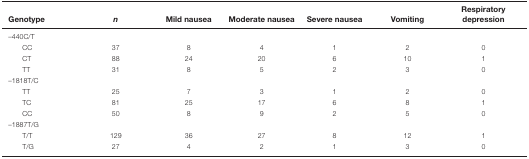
<table><thead><tr><td><b>Genotype</b></td><td><b><i>n</i></b></td><td><b>Mild nausea</b></td><td><b>Moderate nausea</b></td><td><b>Severe nausea</b></td><td><b>Vomiting</b></td><td><b>Respiratory depression</b></td></tr></thead><tbody><tr><td>–440C/T</td><td></td><td></td><td></td><td></td><td></td><td></td></tr><tr><td>CC</td><td>37</td><td>8</td><td>4</td><td>1</td><td>2</td><td>0</td></tr><tr><td>CT</td><td>88</td><td>24</td><td>20</td><td>6</td><td>10</td><td>1</td></tr><tr><td>TT</td><td>31</td><td>8</td><td>5</td><td>2</td><td>3</td><td>0</td></tr><tr><td>–1818T/C</td><td></td><td></td><td></td><td></td><td></td><td></td></tr><tr><td>TT</td><td>25</td><td>7</td><td>3</td><td>1</td><td>2</td><td>0</td></tr><tr><td>TC</td><td>81</td><td>25</td><td>17</td><td>6</td><td>8</td><td>1</td></tr><tr><td>CC</td><td>50</td><td>8</td><td>9</td><td>2</td><td>5</td><td>0</td></tr><tr><td>–1887T/G</td><td></td><td></td><td></td><td></td><td></td><td></td></tr><tr><td>T/T</td><td>129</td><td>36</td><td>27</td><td>8</td><td>12</td><td>1</td></tr><tr><td>T/G</td><td>27</td><td>4</td><td>2</td><td>1</td><td>3</td><td>0</td></tr></tbody></table>